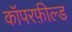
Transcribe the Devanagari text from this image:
कॉपरफ़ील्ड